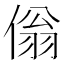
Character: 傟